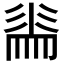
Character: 𭛕